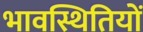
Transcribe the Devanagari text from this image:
भावस्थितियों